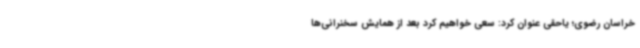
خراسان رضوی؛ یاحقی عنوان کرد: سعی خواهیم کرد بعد از همایش سخنرانی‌ها